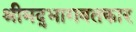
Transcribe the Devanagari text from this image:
श्रीमद्‌भागवतकार